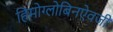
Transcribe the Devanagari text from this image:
हिमोग्लोबिनऐवजी